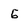
Character: 5